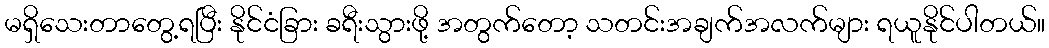
မရှိသေးတာတွေ့ရပြီး နိုင်ငံခြား ခရီးသွားဖို့ အတွက်တော့ သတင်းအချက်အလက်များ ရယူနိုင်ပါတယ်။